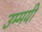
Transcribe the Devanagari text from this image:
उम्मयी